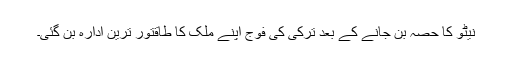
نیٹو کا حصہ بن جانے کے بعد ترکی کی فوج اپنے ملک کا طاقتور ترین ادارہ بن گئی۔